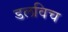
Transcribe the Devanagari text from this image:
डलविच